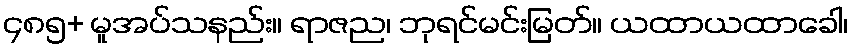
၄၈၅+ မူအပ်သနည်း။ ရာဇည၊ ဘုရင်မင်းမြတ်။ ယထာယထာခေါ၊